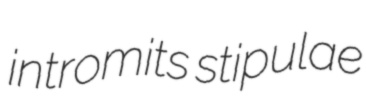
intromits stipulae